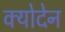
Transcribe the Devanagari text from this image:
क्योदेन